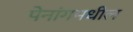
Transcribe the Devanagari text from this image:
पेनांगमधील